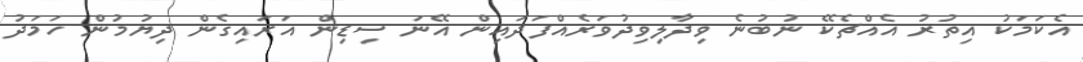
އެކަމަކު އިތުރު އެއްޗެކޭ ނުބުނެ ވިދާލިވިދުވަރެއްފަދައިން އޭނަ ސިޑިން އަރައިގެން ދިޔުމުން ހަމަދު